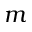
m